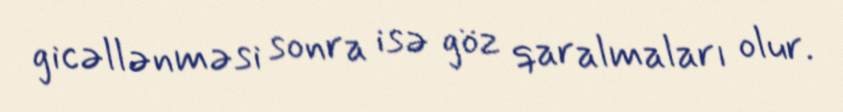
gicəllənməsi sonra isə göz qaralmaları olur.